Annual report on the mental hospital in the Central Provinces and Berar (Nagpur) - 1927-1951
Year: 1927
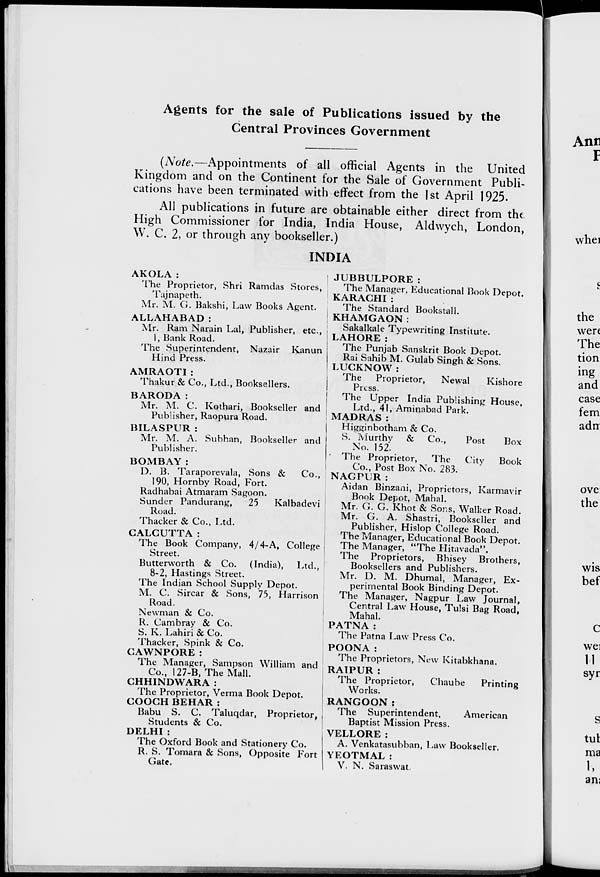
Agents for the sale of Publications issued by the
Central Provinces Government
(Note.—Appointments of all official Agents in the United
Kingdom and on the Continent for the Sale of Government Publi-
cations have been terminated with effect from the 1st April 1925.
All publications in future are obtainable either direct from the
High Commissioner for India, India House, Aldwych, London,
W. C. 2, or through any bookseller.)
INDIA
AKOLA :
The Proprietor, Shri Ramdas Stores,
Tajnapeth.
Mr. M. G. Bakshi, Law Books Agent.
ALLAHABAD :
Mr. Ram Narain Lal, Publisher, etc.,
1, Bank Road.
The Superintendent, Nazair Kanun
Hind Press.
AMRAOTI :
Thakur & Co., Ltd., Booksellers.
BARODA:
Mr. M. C. Kothari, Bookseller and
Publisher, Raopura Road.
BILASPUR :
Mr. M. A. Subhan, Bookseller and
Publisher.
BOMBAY :
D. B. Taraporevala, Sons &
Co.,
190, Hornby Road, Fort.
Radhabai Atmaram Sagoon.
Sunder Pandurang,
25
Kalbadevi
Road.
Thacker & Co., Ltd.
CALCUTTA :
The Book Company, 4/4-A, College
Street.
Butterworth & Co. (India), Ltd.,
8-2, Hastings Street.
The Indian School Supply Depot.
M. C. Sircar & Sons, 75, Harrison
Road.
Newman & Co.
R. Cambray & Co.
S. K. Lahiri & Co.
Thacker, Spink & Co.
CAWNPORE :
The Manager, Sampson William and
Co., 127-B, The Mall.
CHHINDWARA :
The Proprietor, Verma Book Depot.
COOCH BEHAR :
Babu S. C. Taluqdar, Proprietor,
Students & Co.
DELHI :
The Oxford Book and Stationery Co.
R. S. Tomara & Sons, Opposite Fort
Gate.
JUBBULPORE:
The Manager, Educational Book Depot.
KARACHI :
The Standard Bookstall.
KHAMGAON :
Sakalkale Typewriting Institute.
LAHORE:
The Punjab Sanskrit Book Depot.
Rai Sahib M. Gulab Singh & Sons.
LUCKNOW :
The
Proprietor,
Newal
Kishore
Press.
The Upper India Publishing House,
Ltd., 41, Aminabad Park.
MADRAS:
Higginbotham & Co.
S. Murthy
& Co.,
Post
Box
No. 152.
The Proprietor,
The
City
Book
Co., Post Box No. 283.
NAGPUR:
Aidan Binzani, Proprietors, Karmavir
Book Depot, Mahal.
Mr. G. G. Khot & Sons, Walker Road.
Mr. G. A. Shastri, Bookseller and
Publisher, Hislop College Road.
The Manager, Educational Book Depot.
The Manager, "The Hitavada".
The Proprietors, Bhisey Brothers,
Booksellers and Publishers.
Mr. D. M. Dhumal, Manager, Ex-
perimental Book Binding Depot.
The Manager, Nagpur Law Journal,
Central Law House, Tulsi Bag Road,
Mahal.
PATNA:
The Patna Law Press Co.
POONA:
The Proprietors, New Kitabkhana.
RAIPUR :
The Proprietor,
Chaube
Printing
Works.
RANGOON:
The Superintendent,
American
Baptist Mission Press.
VELLORE:
A. Venkatasubban, Law Bookseller.
YEOTMAL :
V. N. Saraswat.